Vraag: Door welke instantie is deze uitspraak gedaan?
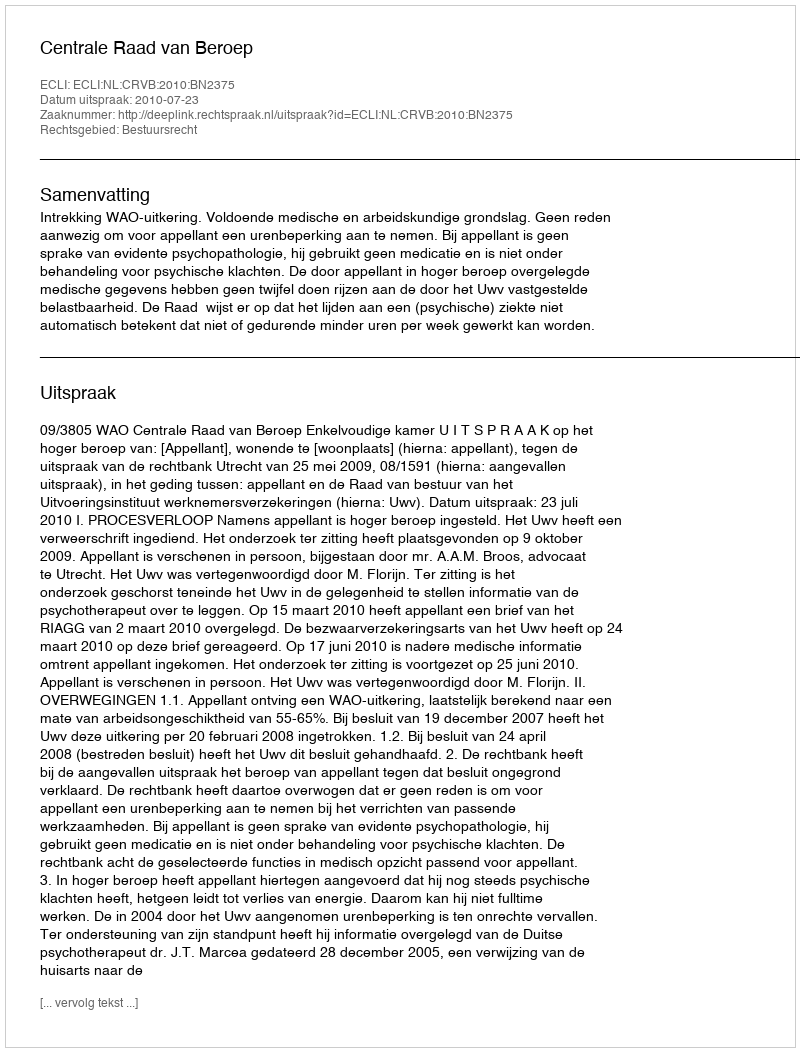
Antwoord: Centrale Raad van Beroep